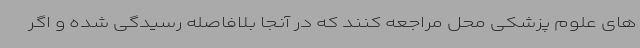
های علوم پزشکی محل مراجعه کنند که در آنجا بلافاصله رسیدگی شده و اگر